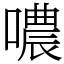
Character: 噥